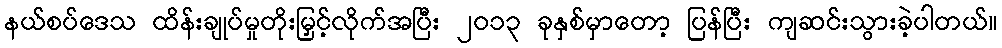
နယ်စပ်ဒေသ ထိန်းချုပ်မှုတိုးမြှင့်လိုက်အပြီး ၂၀၁၃ ခုနှစ်မှာတော့ ပြန်ပြီး ကျဆင်းသွားခဲ့ပါတယ်။